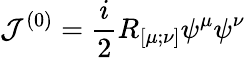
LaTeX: {\cal J}^{(0)}=\frac i2R_{[\mu;\nu]}\psi^{\mu}\psi^{\nu}